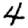
Digit: 4